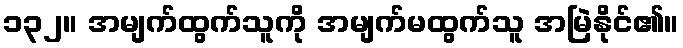
၁၃၂။ အမျက်ထွက်သူကို အမျက်မထွက်သူ အမြဲနိုင်၏။